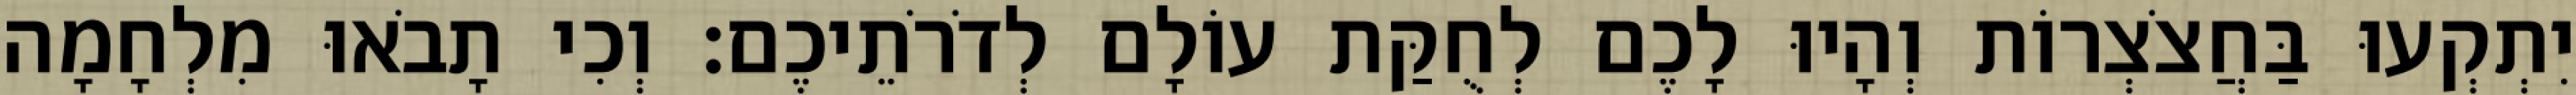
יִתְקְעוּ בַּחֲצֹצְרוֹת וְהָיוּ לָכֶם לְחֻקַּת עוֹלָם לְדֹרֹתֵיכֶם׃ וְכִי תָבֹאוּ מִלְחָמָה